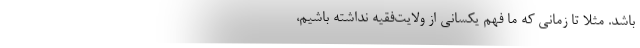
باشد. مثلاً تا زمانی که ما فهم یکسانی از ولایت‌فقیه نداشته باشیم،